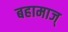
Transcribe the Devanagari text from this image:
बहामाज्